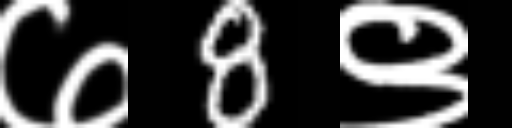
Text: ७8९